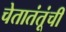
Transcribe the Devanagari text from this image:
चेतातंतूंची